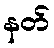
နတ်